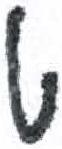
אות: ט